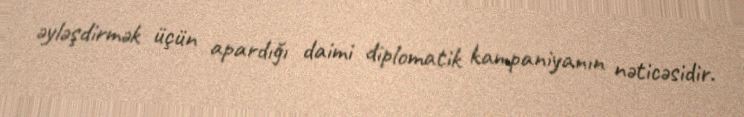
əyləşdirmək üçün apardığı daimi diplomatik kampaniyanın nəticəsidir.